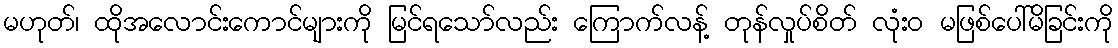
မဟုတ်၊ ထိုအလောင်းကောင်များကို မြင်ရသော်လည်း ကြောက်လန့် တုန်လှုပ်စိတ် လုံးဝ မဖြစ်ပေါ်မိခြင်းကို